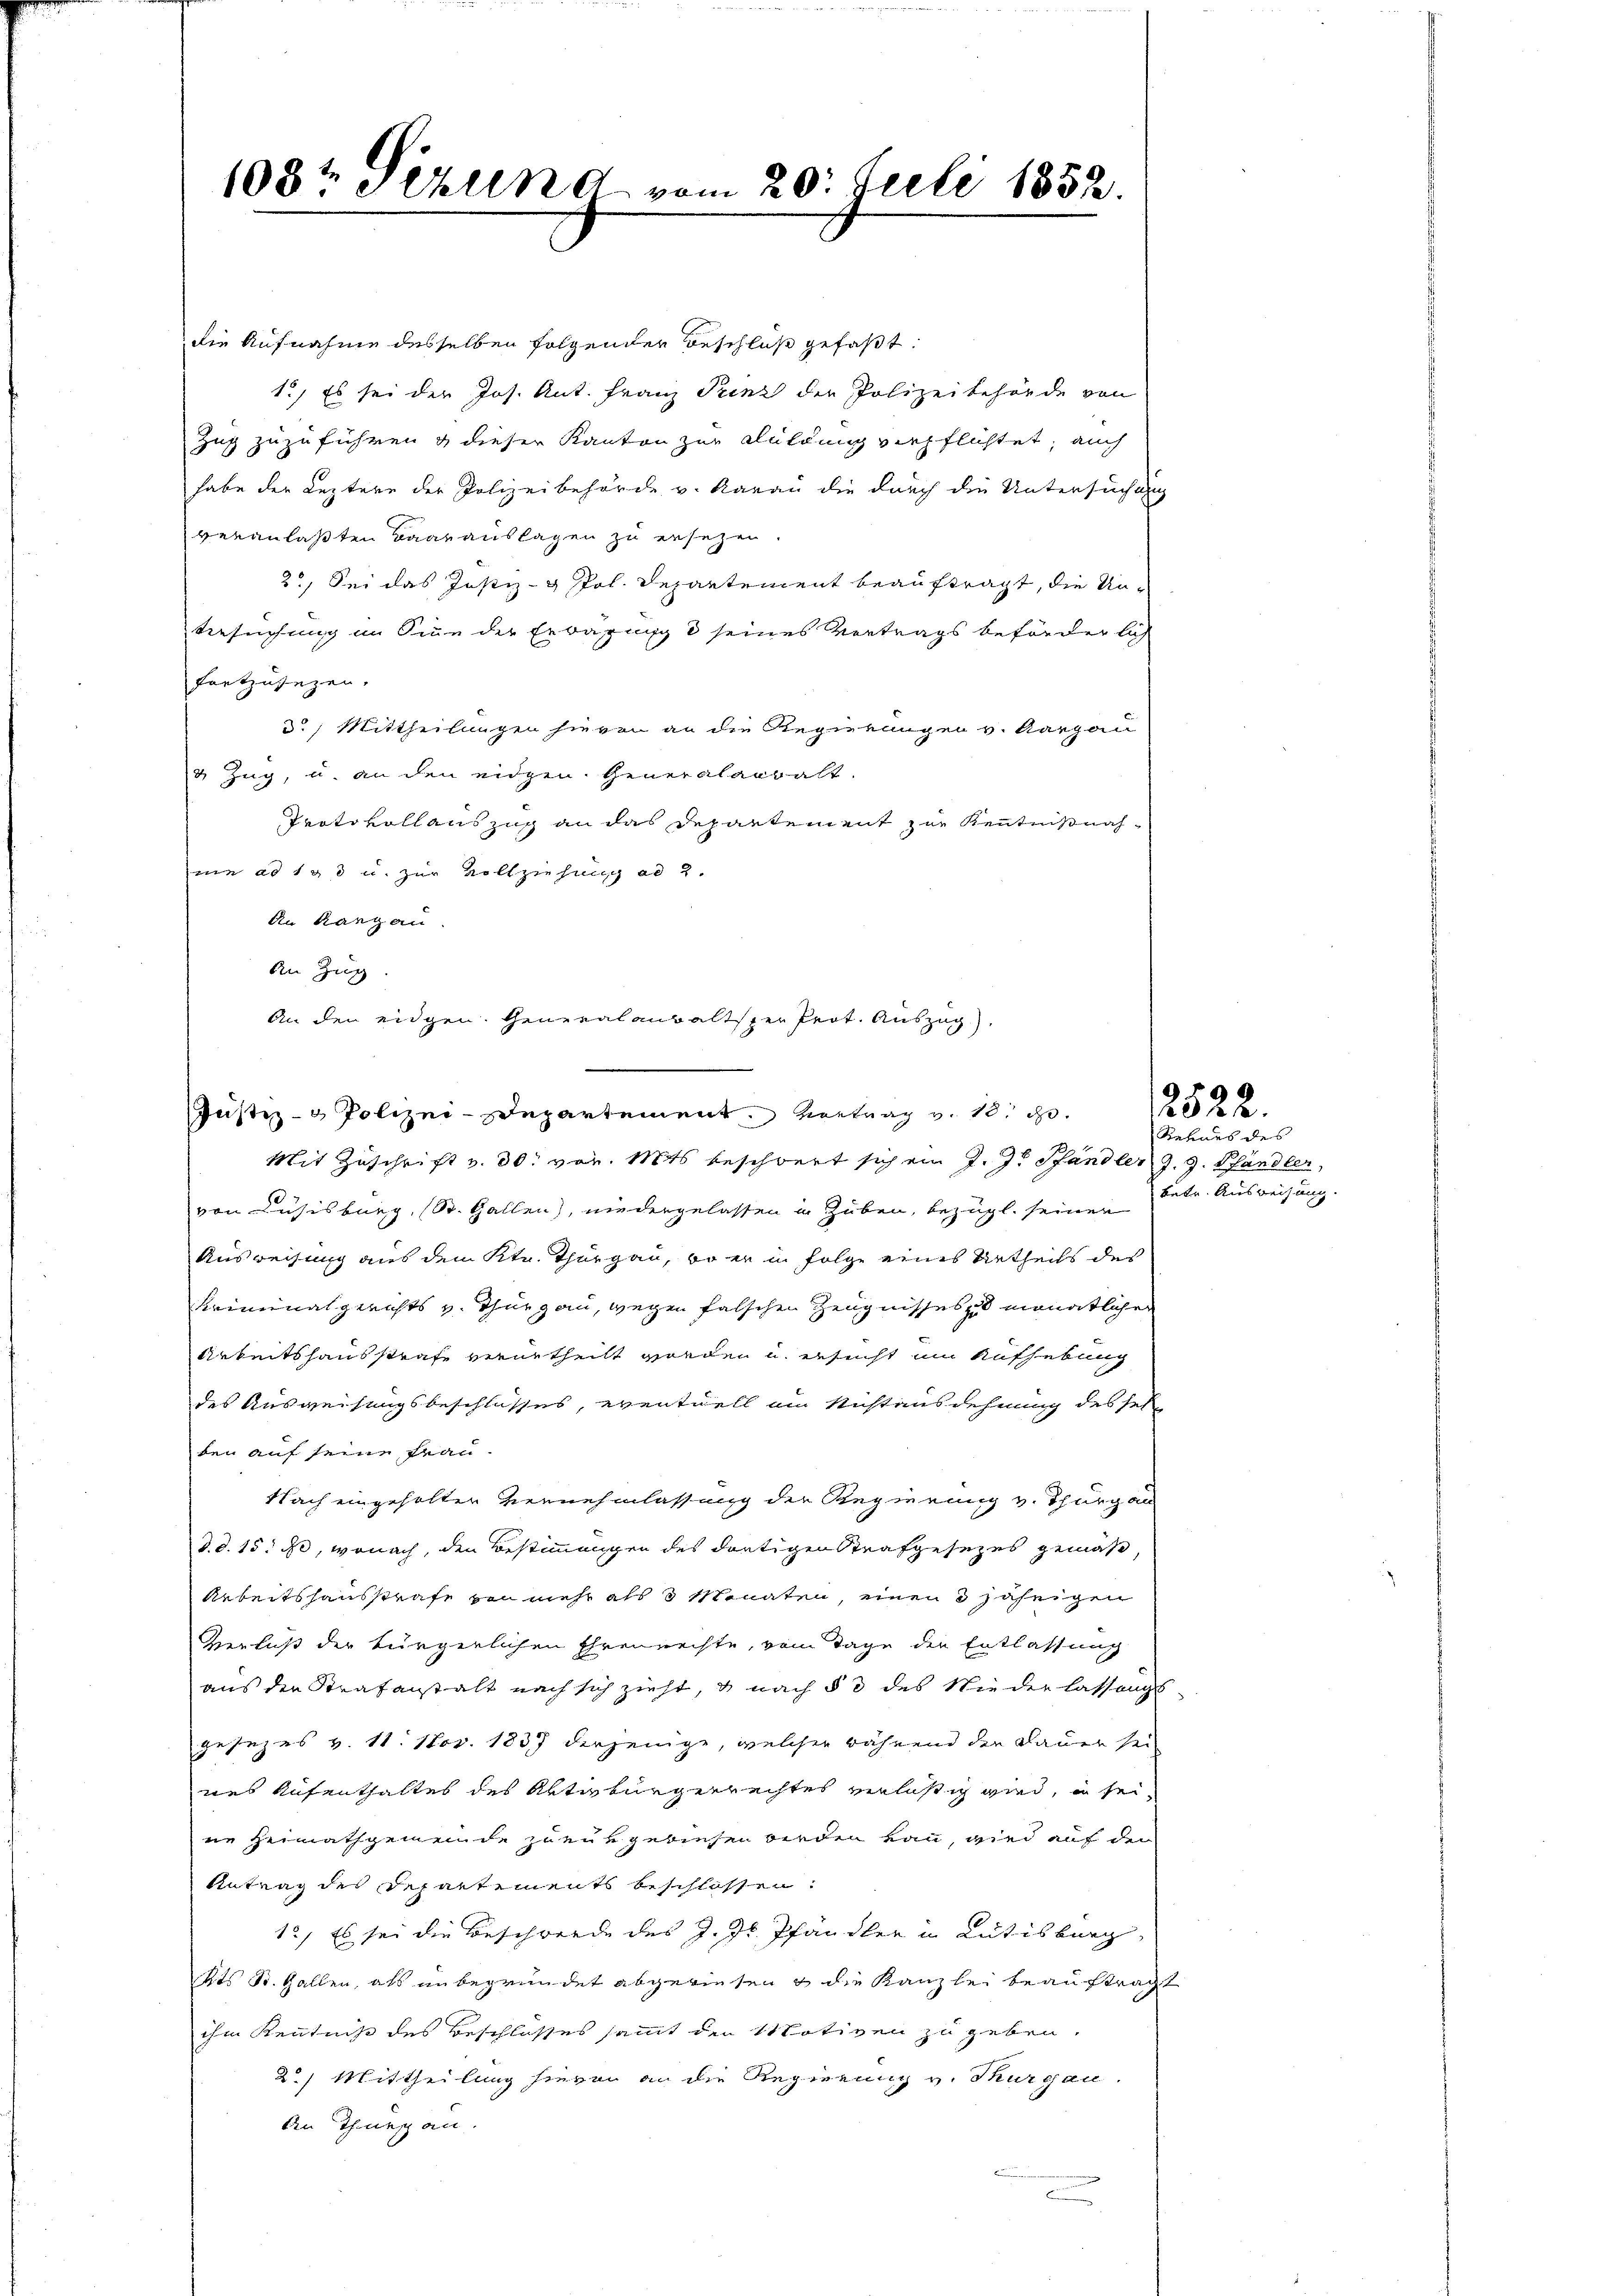
108t Sizung vom 20. Juli 1852.

die Aufnahme desselben folgender Beschluß gefaßt:
1.) Es sei der Jos. Ant. Franz Puenz der Polizeibehörde von
Zug zuzuführen & dieser Kanton zur Kuldung verpflichtet, auch
habe der Leztere der Polizeibehörde v. Aarau die durch die Untersuchung
veranlaßten Baarauslagen zu ersezen.
2.) Sei das Justiz- & Pol. Departement beauftragt, die Un-
Versuchung im Sinn der Erwägung & seines Vortrags beförderlich
fortzusezen.
3.) Mittheilungen hievon an die Regierungen v. Aargau
& Zug, u. an den eidgen. Generalarbalt.
Trotokoll auszug an das Departement zur Kenntnißnahmie ad 193 u. zur Vollziehung ad 2.
An Rangen.
An Zug
Justiz- & Polizei-Departement. Vortrag v. 10. d.
Mit Zuschrift v. 30. vor. Mts. beschwert sich ein J. J. Pfändler J. J. Pfandler,
von Lusisburg, St. Gallen, niedergelassen in Zuben, bezügl. seiner
Ausweisung aus dem Kt. Thurgau, wo er in Folge eines Urtheils des
Kriminalgerichts v. Thurgau, wegen falschen Zeugnisses monatlicher
Arbeitshausstrafe verurtheilt worden u. ersucht um Aufhebung
des Ausweisungsbeschlusses, eventuell am Nichtausdehnung des sehe
ben auf seine Frau¬
Nach eingeholten Vernehmlassung der Regierung v. Thurgau
d.d. 15. ds, wonach, den Bestimmungen des dortigen Strafgesezes gemäs
Arbeitshausstrafe ein mehr als 3 Senaten, einen 3 jährigen
Verlus der bürgerlichen Ehrenrechte, vom Tage der Entlassung
aus den Strafanstalt nach sich zieht, u nach § 3 des Niederlassungs
gesezes v. 11. Nov. 1837 derjenige, welcher während der Dauer sei
nes Aufenthaltes des Abtiturgerrechtes einläßig wird, in seine Heimathgemeinde zu entgewiesen werden kan, wird auf den
Antrag des Departements beschlossen:
12) Es sei die Beschwerde des J. J. Pfändler in Rütisburg,
Kts St. Gallen, als unbegründet abgewiesen & die Kanzlei beauftragt
ihm Kenntniß des Beschlusses sammt den Motiven zu geben.
2.) Mittheilung hievon an die Regierung v. Thurgau.
dn Theues an.

An den eidgen. Generalanwaltster Prot. Auszug

Rehaus des
betr. Ausweisung.

2522.